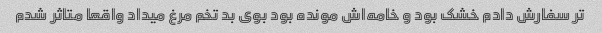
تر سفارش دادم خشک بود و خامه‌اش مونده بود بوی بد تخم مرغ میداد واقعا متاثر شدم